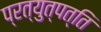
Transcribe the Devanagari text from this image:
प्रत्युत्पत्ति